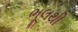
ભૂલથી